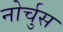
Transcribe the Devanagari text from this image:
नोर्चुस